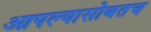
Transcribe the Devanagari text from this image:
आपल्यासोबतच